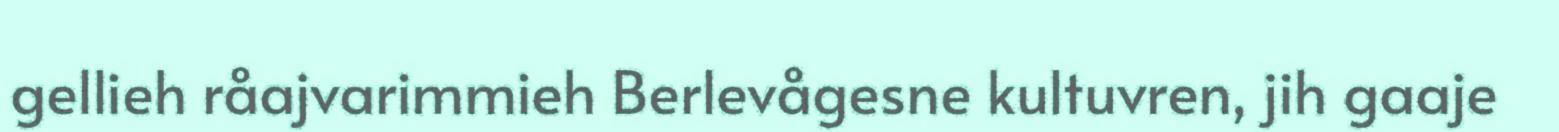
gellieh råajvarimmieh Berlevågesne kultuvren, jih gaaje